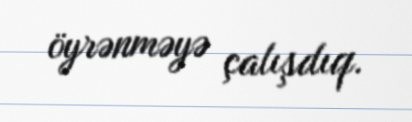
öyrənməyə çalışdıq.